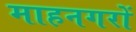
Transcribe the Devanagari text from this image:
माहनगरों